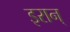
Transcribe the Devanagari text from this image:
इरान्